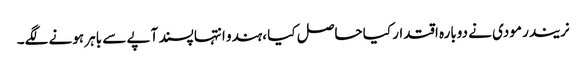
نریندر مودی نے دوبارہ اقتدار کیا حاصل کیا ،ہندو انتہا پسند آپے سے باہر ہونے لگے۔